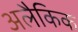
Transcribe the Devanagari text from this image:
अलैकिक